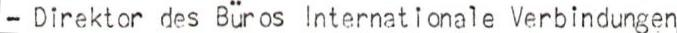
- Direktor des Büros Internationale Verbindungen